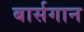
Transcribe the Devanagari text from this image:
बार्सगान